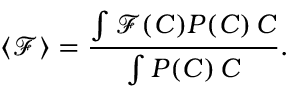
\langle \mathcal { F } \rangle = \frac { \int \mathcal { F } ( C ) P ( C ) \, \d C } { \int P ( C ) \, \d C } .